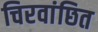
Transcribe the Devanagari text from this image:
चिरवांछित